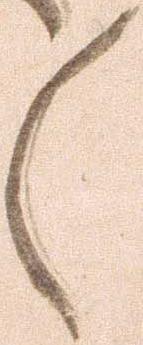
々